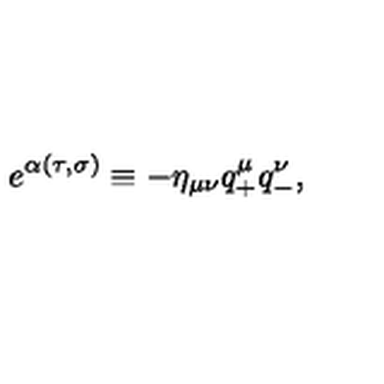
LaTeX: e ^ { \alpha ( \tau , \sigma ) } \equiv - \eta _ { \mu \nu } q _ { + } ^ { \mu } q _ { - } ^ { \nu } ,